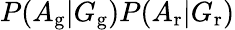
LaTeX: P(A_{\mathrm{g}}|G_{\mathrm{g}})P(A_{\mathrm{r}}|G_{\mathrm{r}})